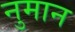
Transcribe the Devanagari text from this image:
नुमान